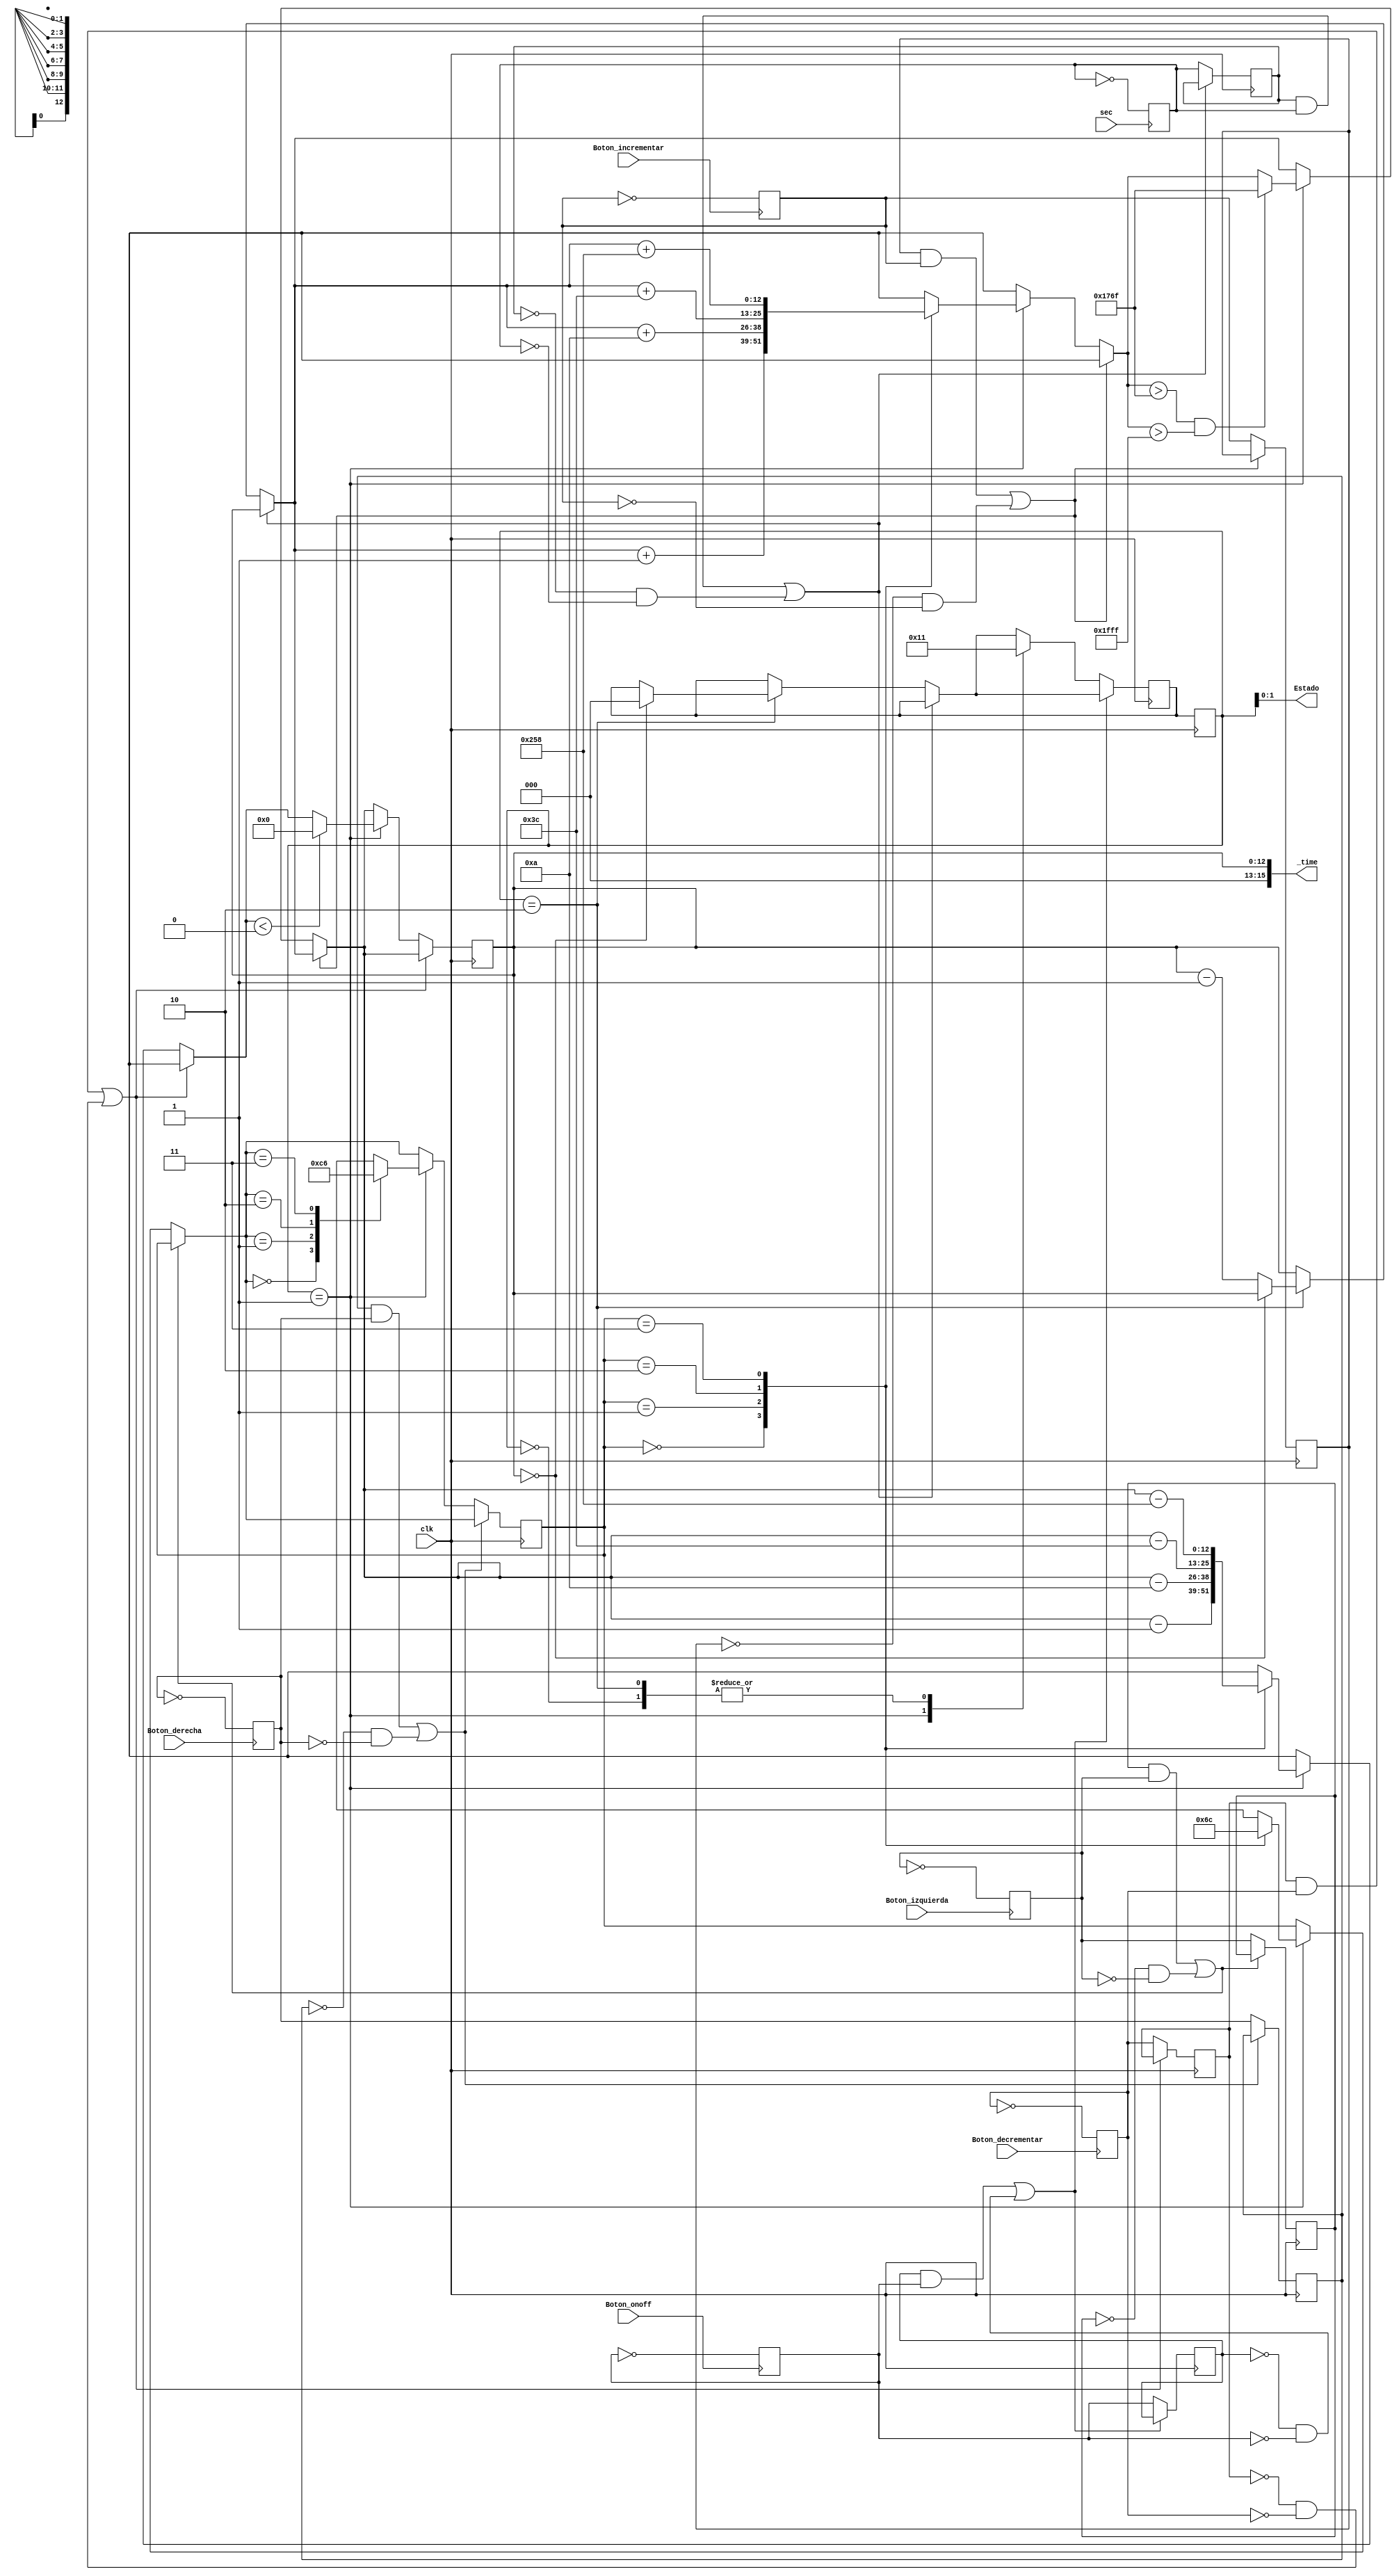
module Temporizer(
    input clk,
	input sec,
    input Boton_incrementar,
    input Boton_decrementar,
    input Boton_izquierda,
    input Boton_derecha,
    input Boton_onoff,
    output wire [15:0] _time,//Contiene el valor del tiempo a mostrar
    output wire [1:0] Estado//Contiene el estado actual del temporizador
    );
	
assign Estado = estado_actual;

reg [12:0] Numero_temp = 0;

reg [1:0] Digito =  0;//Indica cual de los dgitos debe ser cambiado

localparam [2:0] FIN = 0,//estado cuando el contador llega a cero
                 STOPPED = 1,//estado detenido
                 ACTIVE = 2;//estado restando

reg [2:0] estado_actual = STOPPED;
reg [2:0] estado_siguiente = STOPPED;

				  
					 
//Usado para el control del Boton_onoff
reg cambio_SolicitadoONOFF = 0, cambio_RealizadoONOFF = 0;
wire cambio_FinalizadoONOFF;
assign cambio_FinalizadoONOFF = ((cambio_RealizadoONOFF & cambio_SolicitadoONOFF) |  ((!cambio_RealizadoONOFF) & (!cambio_SolicitadoONOFF)));

//Usado para el control del Boton_incrementar
reg cambio_SolicitadoUP = 0, cambio_RealizadoUP = 0;
wire cambio_FinalizadoUP;
assign cambio_FinalizadoUP = ((cambio_RealizadoUP & cambio_SolicitadoUP) |  ((!cambio_RealizadoUP) & (!cambio_SolicitadoUP)));

//Usado para el control del Boton_decrementar
reg cambio_SolicitadoDOWN = 0, cambio_RealizadoDOWN = 0;
wire cambio_FinalizadoDOWN;
assign cambio_FinalizadoDOWN = ((cambio_RealizadoDOWN & cambio_SolicitadoDOWN) |  ((!cambio_RealizadoDOWN) & (!cambio_SolicitadoDOWN)));

//Usado para el control del Boton_derecha
reg cambio_SolicitadoRIGHT = 0, cambio_RealizadoRIGHT = 0;
wire cambio_FinalizadoRIGHT;
assign cambio_FinalizadoRIGHT = ((cambio_RealizadoRIGHT & cambio_SolicitadoRIGHT) |  ((!cambio_RealizadoRIGHT) & (!cambio_SolicitadoRIGHT)));

//Usado para el control del Boton_Izquierda
reg cambio_SolicitadoLEFT = 0, cambio_RealizadoLEFT = 0;
wire cambio_FinalizadoLEFT;
assign cambio_FinalizadoLEFT = ((cambio_RealizadoLEFT & cambio_SolicitadoLEFT) |  ((!cambio_RealizadoLEFT) & (!cambio_SolicitadoLEFT)));

//Usado para el control del Boton_Izquierda
reg cambio_SolicitadoSEC = 0, cambio_RealizadoSEC = 0;
wire cambio_FinalizadoSEC;
assign cambio_FinalizadoSEC = ((cambio_RealizadoSEC & cambio_SolicitadoSEC) |  ((!cambio_RealizadoSEC) & (!cambio_SolicitadoSEC)));


always @(posedge Boton_onoff)
	cambio_SolicitadoONOFF = ~cambio_SolicitadoONOFF;

always @(posedge Boton_incrementar)
	cambio_SolicitadoUP = ~cambio_SolicitadoUP;
	
always @(posedge Boton_decrementar)
	cambio_SolicitadoDOWN = ~cambio_SolicitadoDOWN;
	
always @(posedge Boton_derecha)
	cambio_SolicitadoRIGHT = ~cambio_SolicitadoRIGHT;
	
always @(posedge Boton_izquierda)
	cambio_SolicitadoLEFT = ~cambio_SolicitadoLEFT;
	
always @(posedge sec)
	cambio_SolicitadoSEC = ~cambio_SolicitadoSEC;
	

always @(posedge clk) begin
	estado_actual <= estado_siguiente;
	
	//Realiza los cambios necesarios cuando un segundo ha pasado
	if(!cambio_FinalizadoSEC) begin
		if (estado_actual == ACTIVE) begin//Si se encunetra en el estado activo, disminuya 1
			if(Numero_temp == 0)//Si se alcanza 0
				estado_siguiente = FIN;//Pase al estado de finalizado
			else
				Numero_temp = Numero_temp - 1;
		end
		cambio_RealizadoSEC = cambio_SolicitadoSEC;//Marque la bandera de que se realiz el cambio
	end

		
	if(!cambio_FinalizadoONOFF) begin //Si se presiona el boton de On OFF
		case(estado_actual)//Cambie al estado correcto
			FIN     : estado_siguiente = STOPPED;
			STOPPED : estado_siguiente = ACTIVE;
			ACTIVE  : estado_siguiente = STOPPED;
		endcase
		cambio_RealizadoONOFF = cambio_SolicitadoONOFF;//Marque la bandera de que se realiz el cambio
	end
	
	//Cuando se presiona el boton de arriba
	if(!cambio_FinalizadoUP) begin
		if(estado_actual == STOPPED) begin//Si se encuentra detenido
			case(Digito)//Segun el digito incremente el dato
				2'b00 : Numero_temp = Numero_temp +   1;
				2'b01 : Numero_temp = Numero_temp +  10;
				2'b10 : Numero_temp = Numero_temp +  60;
				2'b11 : Numero_temp = Numero_temp + 600;
			endcase
			if((Numero_temp > 5999) && (Numero_temp > 13'b1111111111111))
				Numero_temp = 5999;
		end
		cambio_RealizadoUP = cambio_SolicitadoUP;//Marque la bandera de que se realiz el cambio
	end
	
	//Cuando se presiona el boton de abajo
	if(!cambio_FinalizadoDOWN) begin
		if(estado_actual == STOPPED) begin//Si se encuentra detenido
			case(Digito)//Segun el digito incremente el dato
				2'b00 : Numero_temp = Numero_temp -   1;
				2'b01 : Numero_temp = Numero_temp -  10;
				2'b10 : Numero_temp = Numero_temp -  60;
				2'b11 : Numero_temp = Numero_temp - 600;
			endcase
			if(Numero_temp < 0)
				Numero_temp = 0;
		end
		cambio_RealizadoDOWN = cambio_SolicitadoDOWN;//Marque la bandera de que se realiz el cambio
	end
	
	//Cuando se presiona el boton de izquierda
	if(!cambio_FinalizadoLEFT) begin
		if (estado_actual == STOPPED)
			case(Digito)
				2'b00 : Digito = 1;
				2'b01 : Digito = 2;
				2'b10 : Digito = 3;
				2'b11 : Digito = 0;
			endcase
		cambio_RealizadoLEFT = cambio_SolicitadoLEFT;//Marque la bandera de que se realiz el cambio
	end
	
	//Cuando se presiona el boton de derecha
	if(!cambio_FinalizadoRIGHT) begin
		if (estado_actual == STOPPED)
			case(Digito)
				2'b00 : Digito = 3;
				2'b01 : Digito = 0;
				2'b10 : Digito = 1;
				2'b11 : Digito = 2;
			endcase
		cambio_RealizadoRIGHT = cambio_SolicitadoRIGHT;//Marque la bandera de que se realiz el cambio
	end
		
end
	


assign _time = Numero_temp; 

endmodule